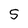
Character: 5